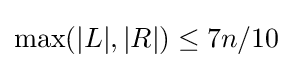
\max(|L|,|R|)\leq 7n/10